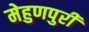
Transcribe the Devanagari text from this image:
मेहुणपुरी